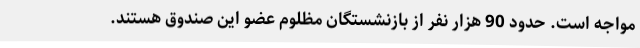
مواجه است. حدود 90 هزار نفر از بازنشستگان مظلوم عضو این صندوق هستند.